Medical and sanitary report of the native army of Bengal for the year
Year: 1875
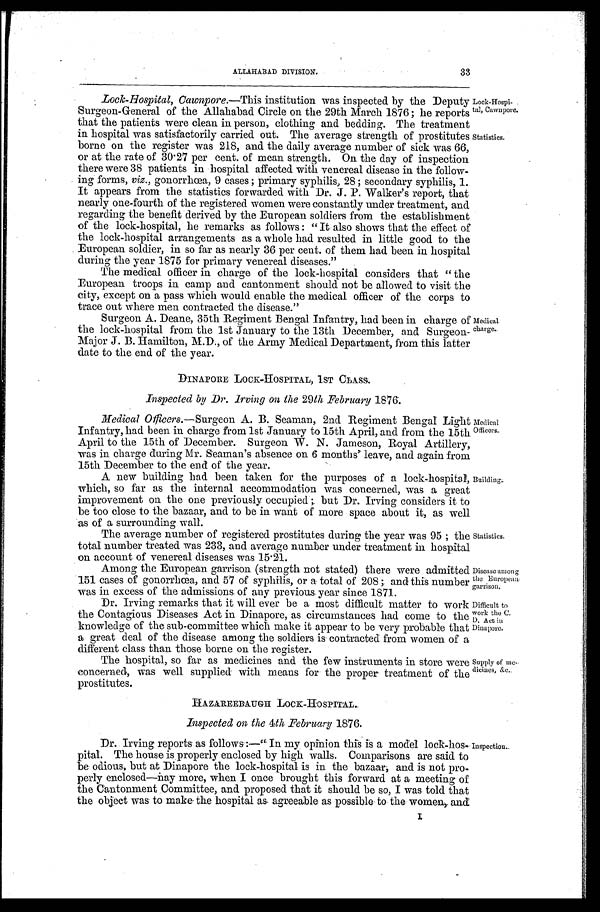
Lock-Hospi
-tal, Cawnpore.
Statistics.
Medical.
charge.
Medical
Officers.
Building.
Statistics.
Disease among
the European,
garrison.
Difficult to
work the C.
D. Act in
Dinapore..
Supply of me
-dicines, &c..
Inspection.
ALLAHABAD DIVISION.
33
Lock-Hospital, Cawnpore. —This institution was inspected by the Deputy
Surgeon-General of the Allahabad Circle on the 29th March 1876; he reports
that the patients were clean in person, clothing and bedding. The treatment
in hospital was satisfactorily carried out. The average strength of prostitutes
borne on the register was 218, and the daily average number of sick was 66,
or at the rate of 30.27 per cent. of mean strength. On the day of inspection
there were 38 patients in hospital affected with venereal disease in. the follow
- i n g f o r m s ,
v i z . ,
g o n o r r h œ a , 9 c a s e s ; p r i m a r y s y p h i l i s , 2 8 ; s e c o n d a r y s y p h i l i s , 1 .
It appears from the statistics forwarded with Dr. J. P. Walker's report, that
nearly one-fourth of the registered women were constantly under treatment, and
regarding the benefit derived by the European soldiers from the establishment
of the lock-hospital, he remarks as follows: "It also shows that the effect of
the lock-hospital arrangements as a whole had resulted in little good to the
European soldier, in so far as nearly 36 per cent. of them had been in hospital
during the year 1875 for primary venereal diseases."
The medical officer in. charge of the lock-hospital considers that "the
European troops in camp and cantonment should not be allowed to visit the
city, except on a pass which would enable the medical officer of the corps to
trace out where men contracted the disease."
Surgeon A. Deane, 35th Regiment Bengal Infantry, had been in. charge of
the lock-hospital from the 1st January to the 13th December, and Surgeon-
Major J. B. Hamilton, M.D., of the Army Medical Department, from this latter
date to the end of the year.
DINAPORE LOCK-HOSPITAL, 1ST CLASS.
Inspected by Dr. Irving on the 29th February 1876.
Medical Officers.—Surgeon A. B. Seaman, 2nd Regiment Bengal Light
Infantry, had been in charge from 1st January to 15th April, and from the 15th
April to the 15th of December. Surgeon W . N. Jameson, Royal Artillery,
was in charge during Mr. Seamans absence on 6 months leave, and again from
15th December to the end of the year.
A new building had been taken for the purposes of a lock-hospital,
which, so far as the internal accommodation was concerned, was a great
improvement on the one previously occupied; but Dr. Irving considers it to
be too close to the bazaar, and to be in want of more space about it, as well
as of a surrounding wall.
The average number of registered prostitutes during the year was 95; the
total number treated was 233, and average number under treatment in hospital
on account of venereal diseases was 15.21.
Among the European garrison (strength not stated) there were admitted
151 cases of gonorrhœa, and 57 of syphilis, or a total of 208; and this number
was in excess of the admissions of any previous year since 1871.
Dr. Irving remarks that it will ever be a most difficult matter to work
the Contagious Diseases Act in Dinapore, as circumstances had come to the
knowledge of the sub-committee which make it appear to be very probable that
a great deal of the disease among the soldiers is contracted from women of a
different class than. those borne on the register.
The hospital, so far as medicines and the few instruments in store were
concerned, was well supplied with means for the proper treatment of the
prostitutes.
HAZAREEBAUGH LOCK-HOSPITAL.
Inspected on the 4th February 1876.
Dr. Irving reports as follows:—"In my opinion this is a model lock-hos
- p i t a l . T h e h o u s e i s p r o p e r l y e n c l o s e d b y h i g h w a l l s . C o m p a r i s o n s a r e s a i d t o
be odious, but at Dinapore the lock-hospital is in the bazaar; and is not pro
- p e r l y e n c l o s e d — n a y m o r e , w h e n I o n c e b r o u g h t t h i s f o r w a r d a t a m e e t i n g o f
the Cantonment Committee, and proposed that it should be so, I was told that
the object was to make the hospital as agreeable as possible to the women, and